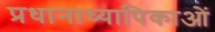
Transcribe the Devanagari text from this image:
प्रधानाध्यापिकाओं